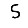
Digit: 5